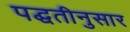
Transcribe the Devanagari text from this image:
पद्घतीनुसार